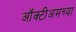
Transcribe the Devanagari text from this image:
ऑक्टीअमच्या